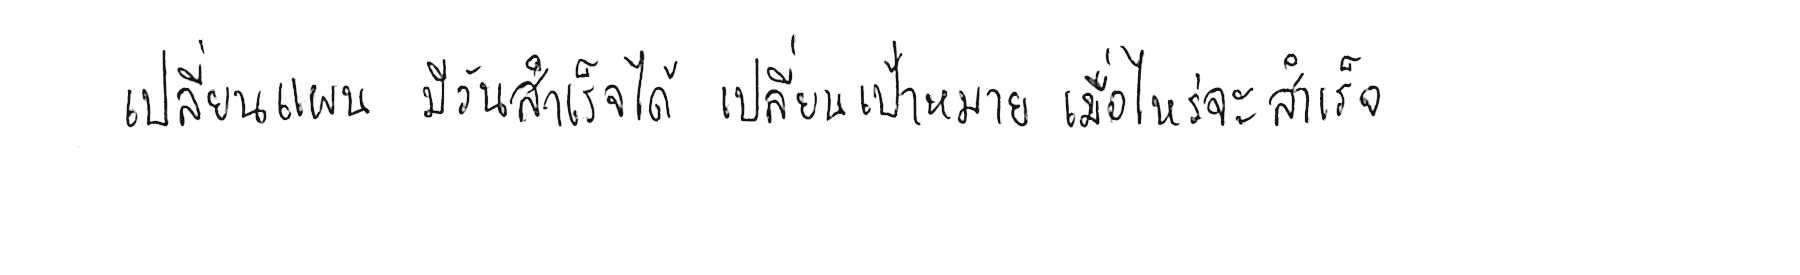
เปลี่ยนแผน มีวันสำเร็จได้ เปลี่ยนเป้าหมาย เมื่อไหร่จะสำเร็จ